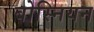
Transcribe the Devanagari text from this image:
बोस्नियन